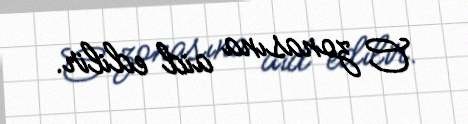
C zonasına aid edilir.